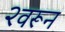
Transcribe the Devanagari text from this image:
२वरून